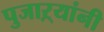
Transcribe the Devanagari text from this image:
पुजाऱ्यांनी